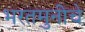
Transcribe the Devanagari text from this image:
भरतमुनीचे